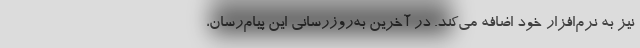
نیز به نرم‌افزار خود اضافه می‌کند. در آخرین به‌روزرسانی این پیام‌رسان،